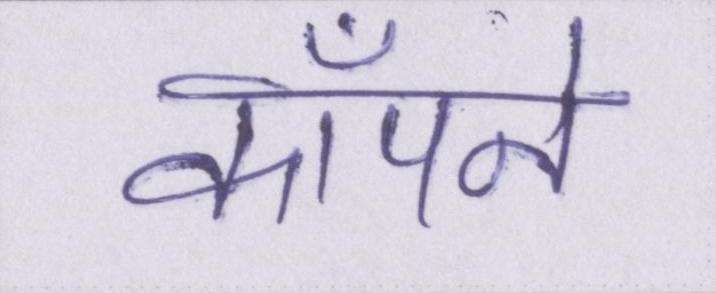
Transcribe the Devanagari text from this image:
कॉँपने